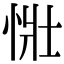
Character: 𢙳